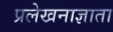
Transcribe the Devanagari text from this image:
प्रलेखनाज्ञाता